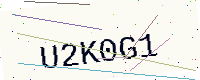
Text: U2K0G1